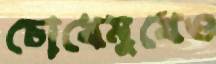
চোখেমুখেও